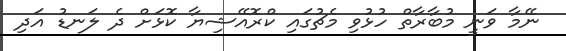
ނޭމާ ވަނީ މުބާރާތް ހުޅުވި މެޗުގައި ކްރޮއޭޝިޔާ ކޮޅަށް ދެ ލަނޑު އަދި